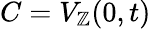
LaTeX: C=V_{\mathbb{Z}}(0,t)